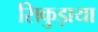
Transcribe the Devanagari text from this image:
सिकुड़ाया